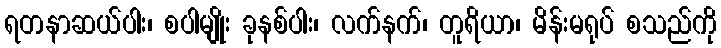
ရတနာဆယ်ပါး၊ စပါမျိုး ခုနစ်ပါး၊ လက်နက်၊ တူရိယာ၊ မိန်းမရုပ် စသည်ကို